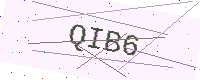
Text: QIB6